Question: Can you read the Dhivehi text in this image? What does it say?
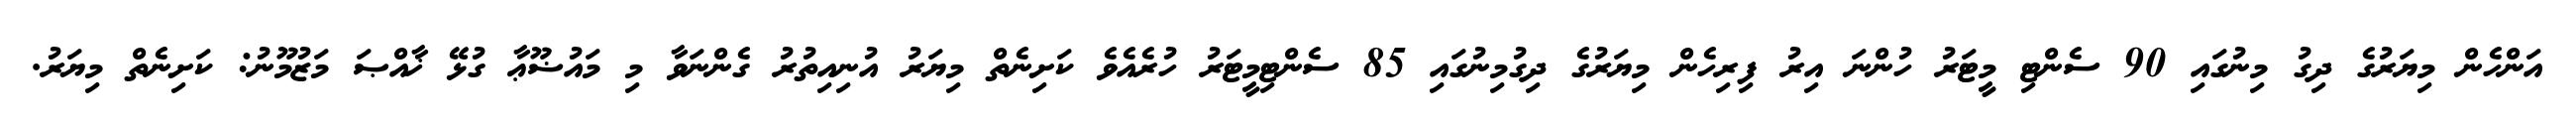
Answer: އަންހެން މިޔަރުގެ ދިގު މިނުގައި 90 ސެންޓި މީޓަރު ހުންނަ އިރު ފިރިހެން މިޔަރުގެ ދިގުމިނުގައި 85 ސެންޓިމީޓަރު ހުރެއެވެ ކަށިނެތް މިޔަރު އުނިއިތުރު ގެންނަވާ މި މައުޟޫޢާ ގުޅޭ ޚާއްޞަ މަޒުމޫނު: ކަށިނެތް މިޔަރު.